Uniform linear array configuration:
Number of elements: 12
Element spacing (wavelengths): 0.5
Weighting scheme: hann
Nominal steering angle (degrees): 45
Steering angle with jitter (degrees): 45.29
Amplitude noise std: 0.05
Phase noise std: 0.05

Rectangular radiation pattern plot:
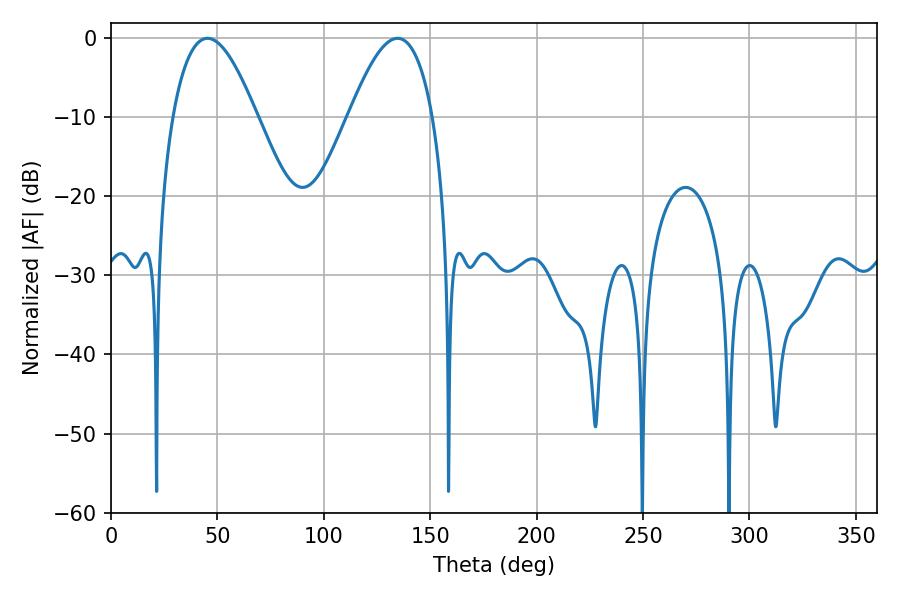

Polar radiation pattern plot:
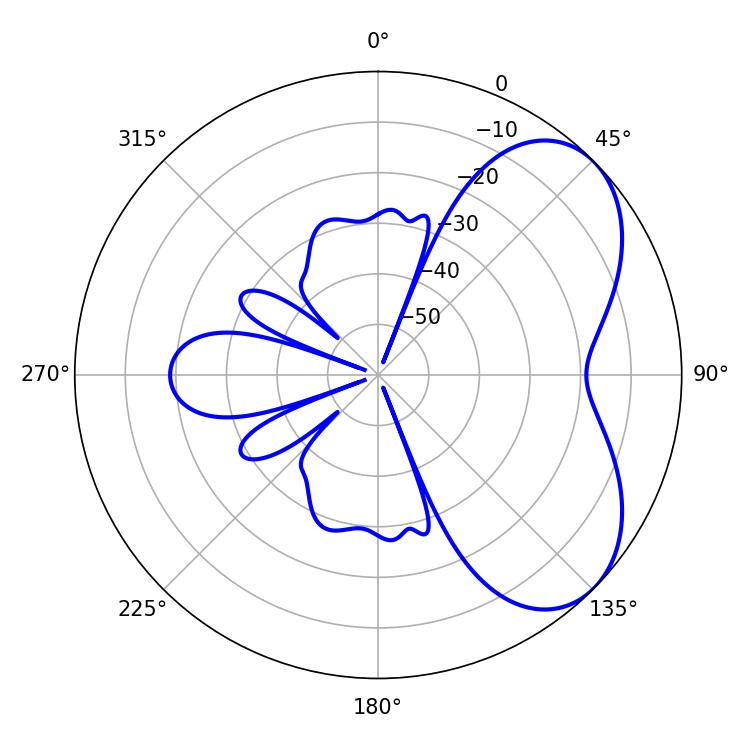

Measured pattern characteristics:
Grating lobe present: FALSE
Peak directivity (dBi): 5.271
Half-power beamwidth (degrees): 21.6
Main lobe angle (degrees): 45.36